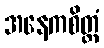
အနေကစိတ္တံ